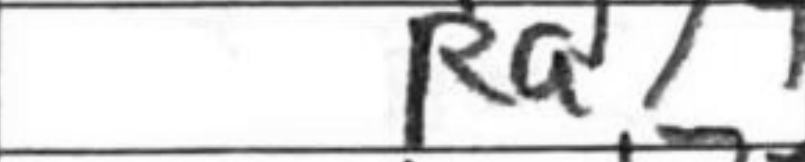
Transcription: Ra7+